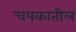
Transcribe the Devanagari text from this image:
चषकातील